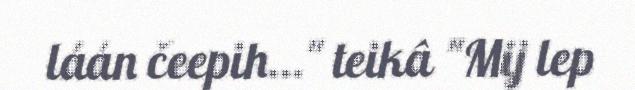
láán čeepih…" teikâ "Mij lep